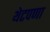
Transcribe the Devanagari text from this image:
थेटपणा